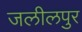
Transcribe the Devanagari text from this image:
जलीलपुर